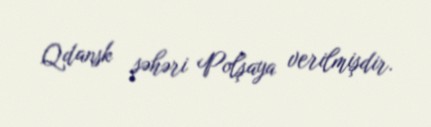
Qdansk şəhəri Polşaya verilmişdir.